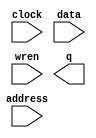
module dram (
	address,
	clock,
	data,
	wren,
	q);

	input	[15:0]  address;
	input	  clock;
	input	[7:0]  data;
	input	  wren;
	output	[7:0]  q;
`ifndef ALTERA_RESERVED_QIS
// synopsys translate_off
`endif
	tri1	  clock;
`ifndef ALTERA_RESERVED_QIS
// synopsys translate_on
`endif

endmodule